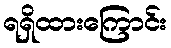
ရရှိထားကြောင်း